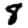
Digit: 8